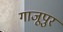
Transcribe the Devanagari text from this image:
गाजूपुर